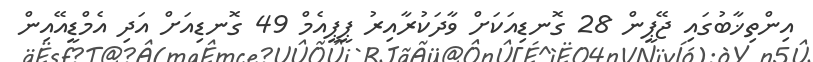
އިންތިޚާބުގައި ޖޭޕީން 28 ގޮނޑިއަކަށް ވާދަކުރާއިރު ޕީޕީއެމް 49 ގޮނޑިއަށް އަދި އެމްޑީއޭއިން